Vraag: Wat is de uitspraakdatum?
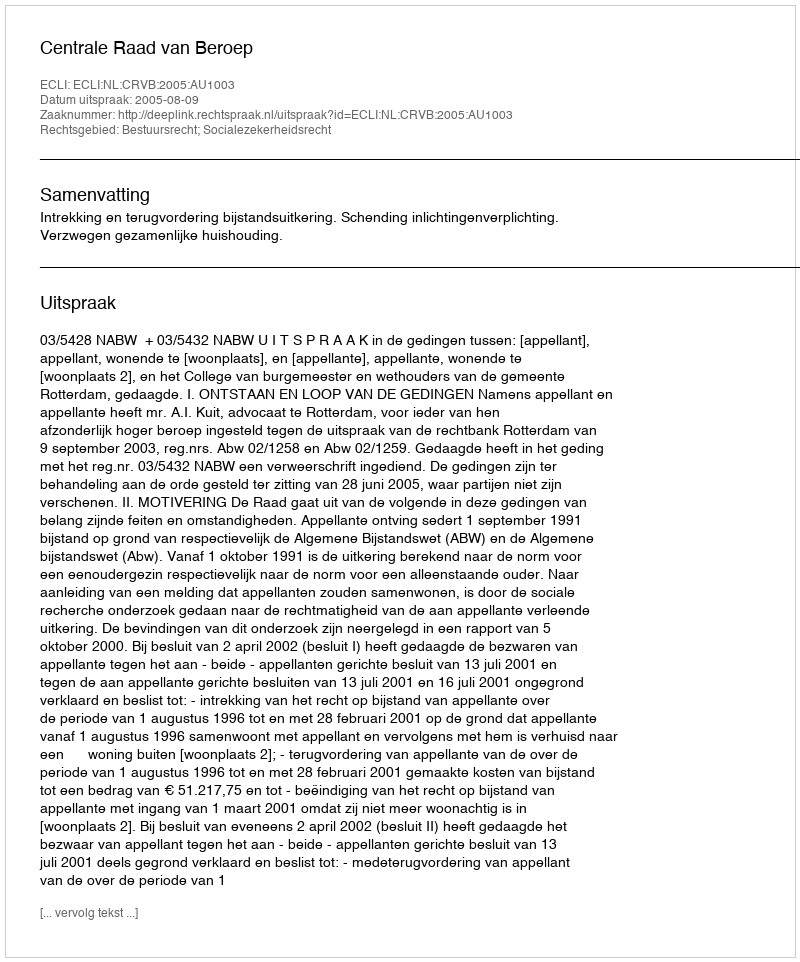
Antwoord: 2005-08-09